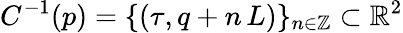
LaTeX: C^{-1}(p)=\{ (\tau,q+n\, L)\} _{n\in\mathbb{Z}}\subset\mathbb{R}^{2}